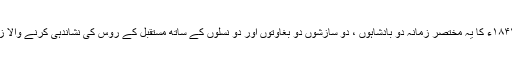
۱۸۰۳- ۱۸۴۴ء کا یہ مختصر زمانہ دو بادشاہوں ، دو سازشوں دو بغاوتوں اور دو نسلوں کے ساتھ مستقبل کے روس کی نشاندہی کرنے والا زمانہ ہے۔